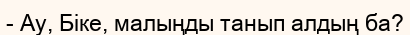
- Ау, Біке, малыңды танып алдың ба?